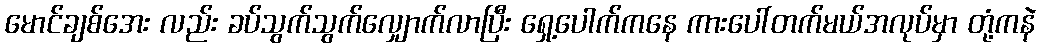
မောင်ချစ်အေး လည်း ခပ်သွက်သွက်လျှောက်လာပြီး ရှေ့ပေါက်ကနေ ကားပေါ်တက်မယ်အလုပ်မှာ တုံ့ကနဲ